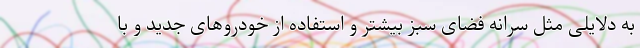
به دلایلی مثل سرانه فضای سبز بیشتر و استفاده از خودروهای جدید و با